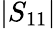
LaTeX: |S_{11}|